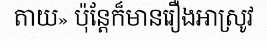
តាយ» ប៉ុន្តែក៏មានរឿងអាស្រូវ